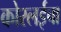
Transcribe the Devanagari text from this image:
कोरलईचा